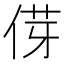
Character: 𫢯